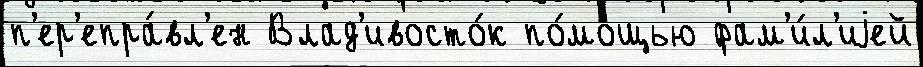
п'ер'епра́вл'ен Влад'ивосто́к по́мощью фам'и́л'иjей